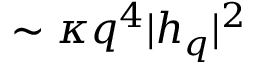
\sim \kappa q ^ { 4 } | h _ { q } | ^ { 2 }